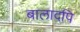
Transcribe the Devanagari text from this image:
बालादपि